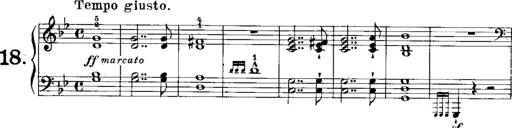
Title: RÃ©miniscences de Norma de Bellini
Composer: Franz Liszt